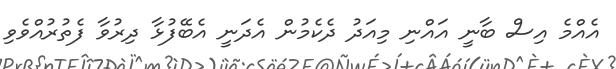
އެއްމެ އިސް ބާނީ އައްނި މިއަދު ދެކެމުން އެދަނީ އެބޭފުޅާ ދިރުވާ ފެތުރުއްވެވި